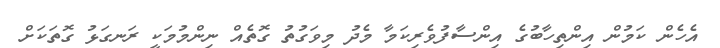
އެހެން ކަމުން އިންތިހާބުގެ އިންސާފުވެރިކަމާ މެދު މިވަގުތު ގޮތެއް ނިންމުމަކީ ރަނގަޅު ގޮތަކަށް